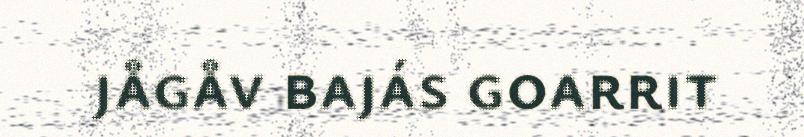
jågåv bajás goarrit